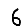
Digit: 6